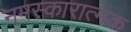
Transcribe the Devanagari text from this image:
नमस्कारात्मक